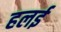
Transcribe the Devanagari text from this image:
हलई